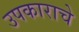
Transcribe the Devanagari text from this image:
उपकाराचे